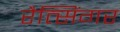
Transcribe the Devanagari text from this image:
रैत्सिंगर